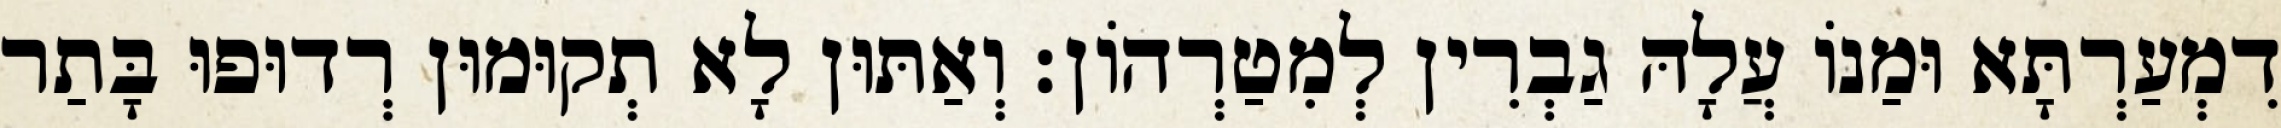
דִמְעַרְתָּא וּמַנוֹ עֲלָהּ גַבְרִין לְמִטַרְהוֹן׃ וְאַתּוּן לָא תְקוּמוּן רְדוּפוּ בָּתַר